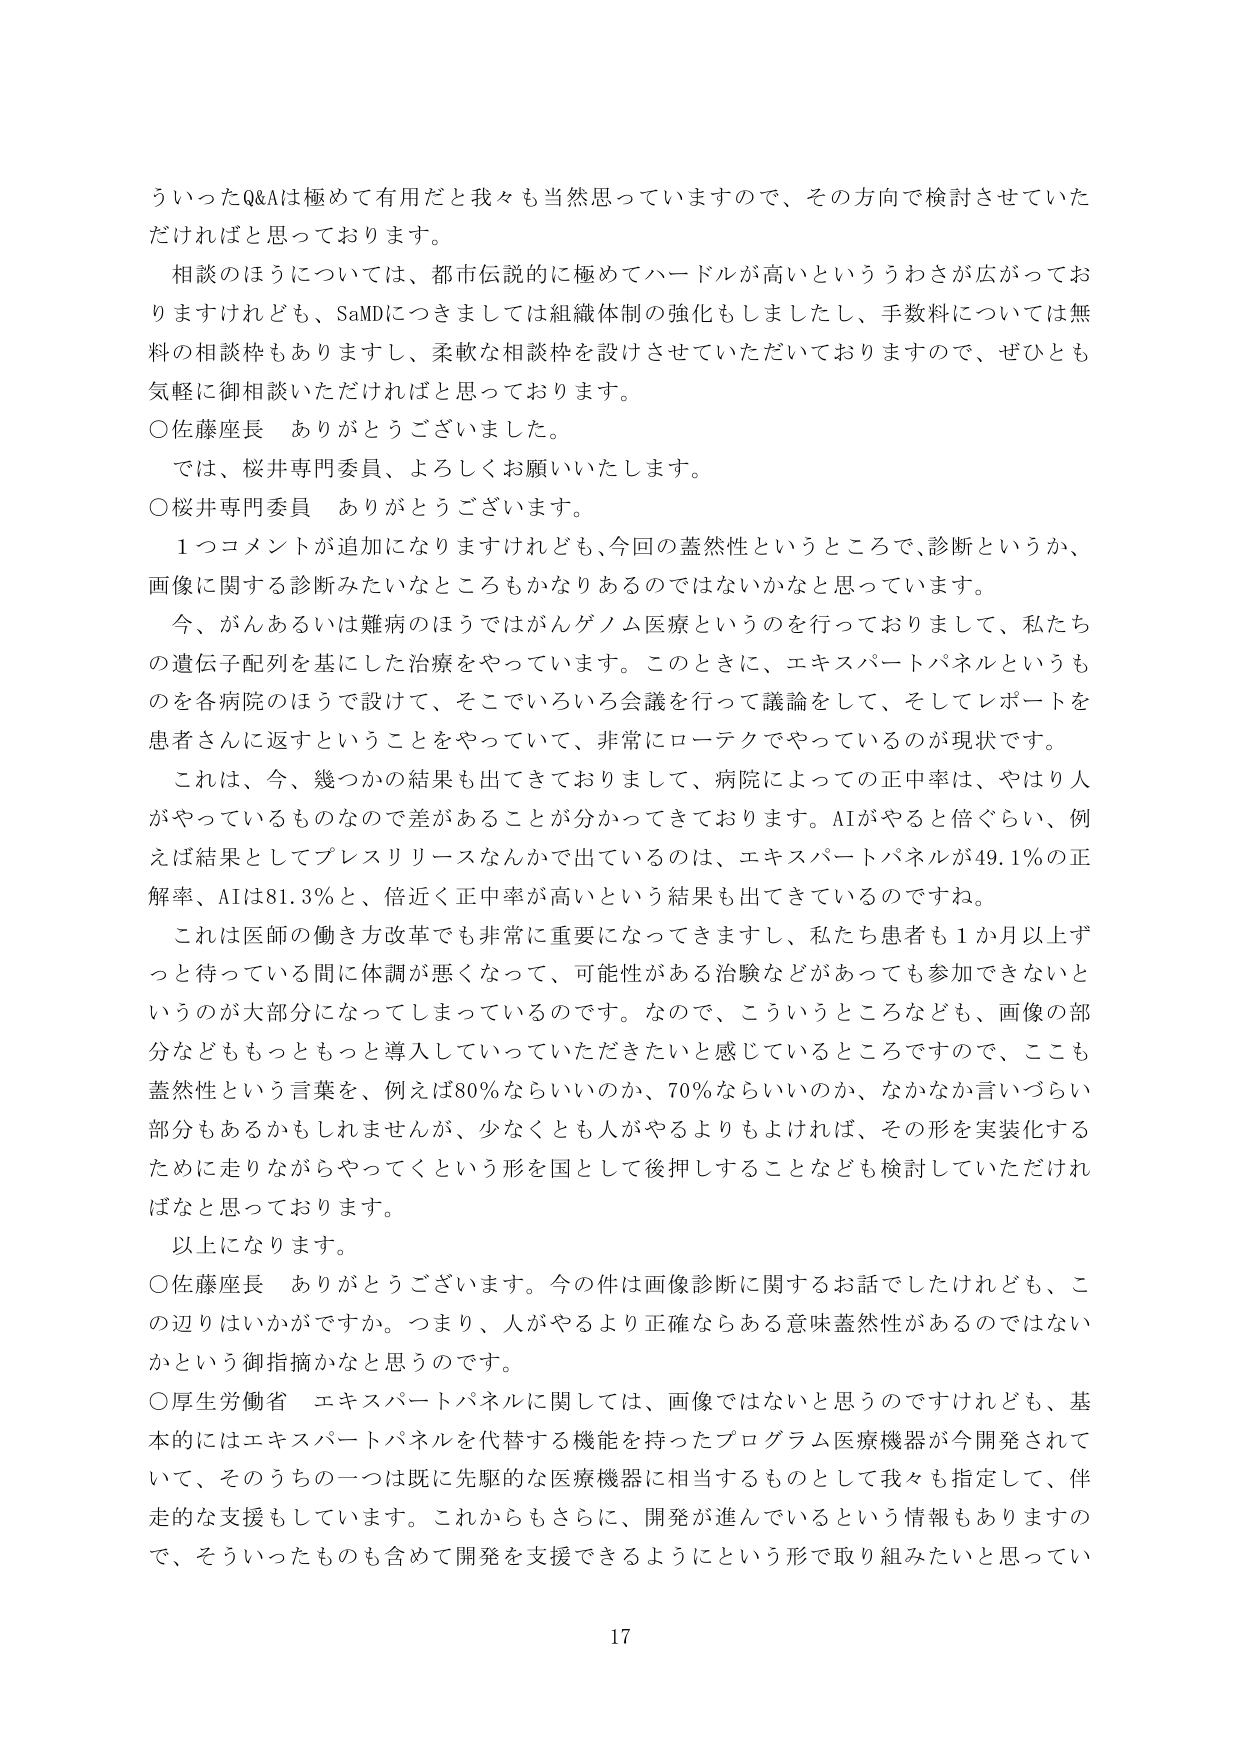
ういったQ&Aは極めて有用だと我々も当然思っていますので、その方向で検討させていただければと思っております。

相談のほうについては、都市伝説的に極めてハードルが高いといううわさが広がっておりますけれども、SaMDにつきましては組織体制の強化もしましたし、手数料については無料の相談枠もありますし、柔軟な相談枠を設けさせていただいておりますので、ぜひとも気軽に御相談いただければと思っております。

○佐藤座長　ありがとうございました。

では、桜井専門委員、よろしくお願いいたします。

○桜井専門委員　ありがとうございます。

１つコメントが追加になりますけれども、今回の蓋然性というところで、診断というか、画像に関する診断みたいなところもかなりあるのではないかなと思っています。

今、がんあるいは難病のほうではがんゲノム医療というのを行っておりますし、私たちの遺伝子配列を基にした治療をやっています。このときに、エキスパートパネルというものを各病院のほうで設けて、そこでいろいろ会議を行って議論をして、そしてレポートを患者さんに返すということをやっていて、非常にローテクでやっているのが現状です。

これは、今、幾つかの結果も出てきておりまして、病院によっての正中率は、やはり人がやっているものなので差があることが分かってきています。AIがやると倍ぐらい、例えば結果としてプレスリリースなんかで出ているのは、エキスパートパネルが49.1％の正解率、AIは81.3％と、倍近く正中率が高いという結果も出てきているのですね。

これは医師の働き方改革でも非常に重要になってきますし、私たち患者も1か月以上ずっと待っている間に体調が悪くなって、可能性がある治験などがあっても参加できないというのが大部分になってしまっているのです。なので、こういうところなども、画像の部分などももっともっと導入していっていただきたいと感じているところですので、ここも蓋然性という言葉を、例えば80％ならいいのか、70％ならいいのか、なかなか言いづらい部分もあるかもしれませんが、少なくとも人がやるよりもよければ、その形を実装化するために走りながらやってくという形を国として後押しすることなども検討していただければなと思っております。

以上になります。

○佐藤座長　ありがとうございます。今の件は画像診断に関するお話でしたけれども、この辺りはいかがですか。つまり、人がやるより正確ならある意味蓋然性があるのではないのかという御指摘かなと思うのです。

○厚生労働省　エキスパートパネルに関しては、画像ではないと思うのですけれども、基本的にはエキスパートパネルを代替する機能を持ったプログラム医療機器が今開発されていて、そのうちの一つは既に先駆的な医療機器に相当するものとして我々も指定して、伴走的な支援もしています。これからもさらに、開発が進んでいるという情報もありますので、そういったものも含めて開発を支援できるようにという形で取り組みたいと思っています。

17